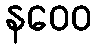
နဝေဝ